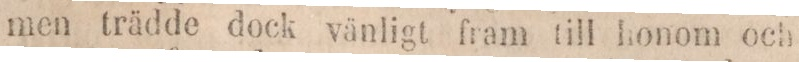
men trädde dock vänligt fram till honom och